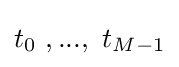
t_{0}\ ,...,\ t_{M-1}